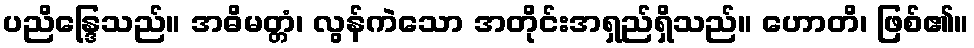
ပညိန္ဒြေသည်။ အဓိမတ္တံ၊ လွန်ကဲသော အတိုင်းအရှည်ရှိသည်။ ဟောတိ၊ ဖြစ်၏။